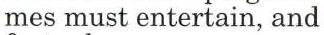
mes must entertain, and